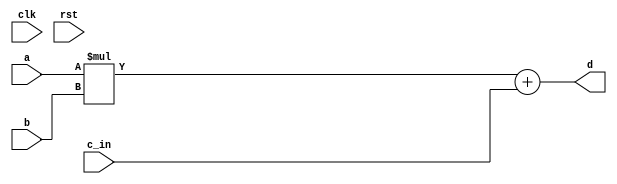
module conf_int_mac__noFF__arch_agnos( clk, rst, a, b, c_in, d
 );

//--- parameters
//parameter BT_RND = 0
parameter OP_BITWIDTH = 16; //operator bit width
parameter DATA_PATH_BITWIDTH = 16; //flip flop Bit width

//--- input,outputs
input clk;
input rst;
input [DATA_PATH_BITWIDTH -1:0] a;
input [DATA_PATH_BITWIDTH-1:0] b;
input [2*DATA_PATH_BITWIDTH-1:0] c_in;
output [2*DATA_PATH_BITWIDTH-1:0] d;


//--- no flop design
assign  d = (a * b) + c_in;

endmodule


module conf_int_mac__noFF__arch_agnos__w_wrapper( clk, rst, a, b, c_in, d
);

//--- parameters
//parameter BT_RND = 0
parameter OP_BITWIDTH = 16; //operator bit width
parameter DATA_PATH_BITWIDTH = 16; //flip flop Bit width


//--- input,outputs
input [DATA_PATH_BITWIDTH -1:0] a;
input [DATA_PATH_BITWIDTH-1:0] b;
input [2*DATA_PATH_BITWIDTH-1:0] c_in;
output [2*DATA_PATH_BITWIDTH-1:0] d;
input clk;
input rst;

// synopsys dc_script_begin
//set_dont_touch d
// synopsys dc_script_end

conf_int_mac__noFF__arch_agnos #(OP_BITWIDTH, DATA_PATH_BITWIDTH) mac__inst(.clk(clk), .rst(rst), .a(a), .b(b), .c_in(c_in),
    .d(d));

endmodule